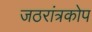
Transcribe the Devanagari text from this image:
जठरांत्रकोप